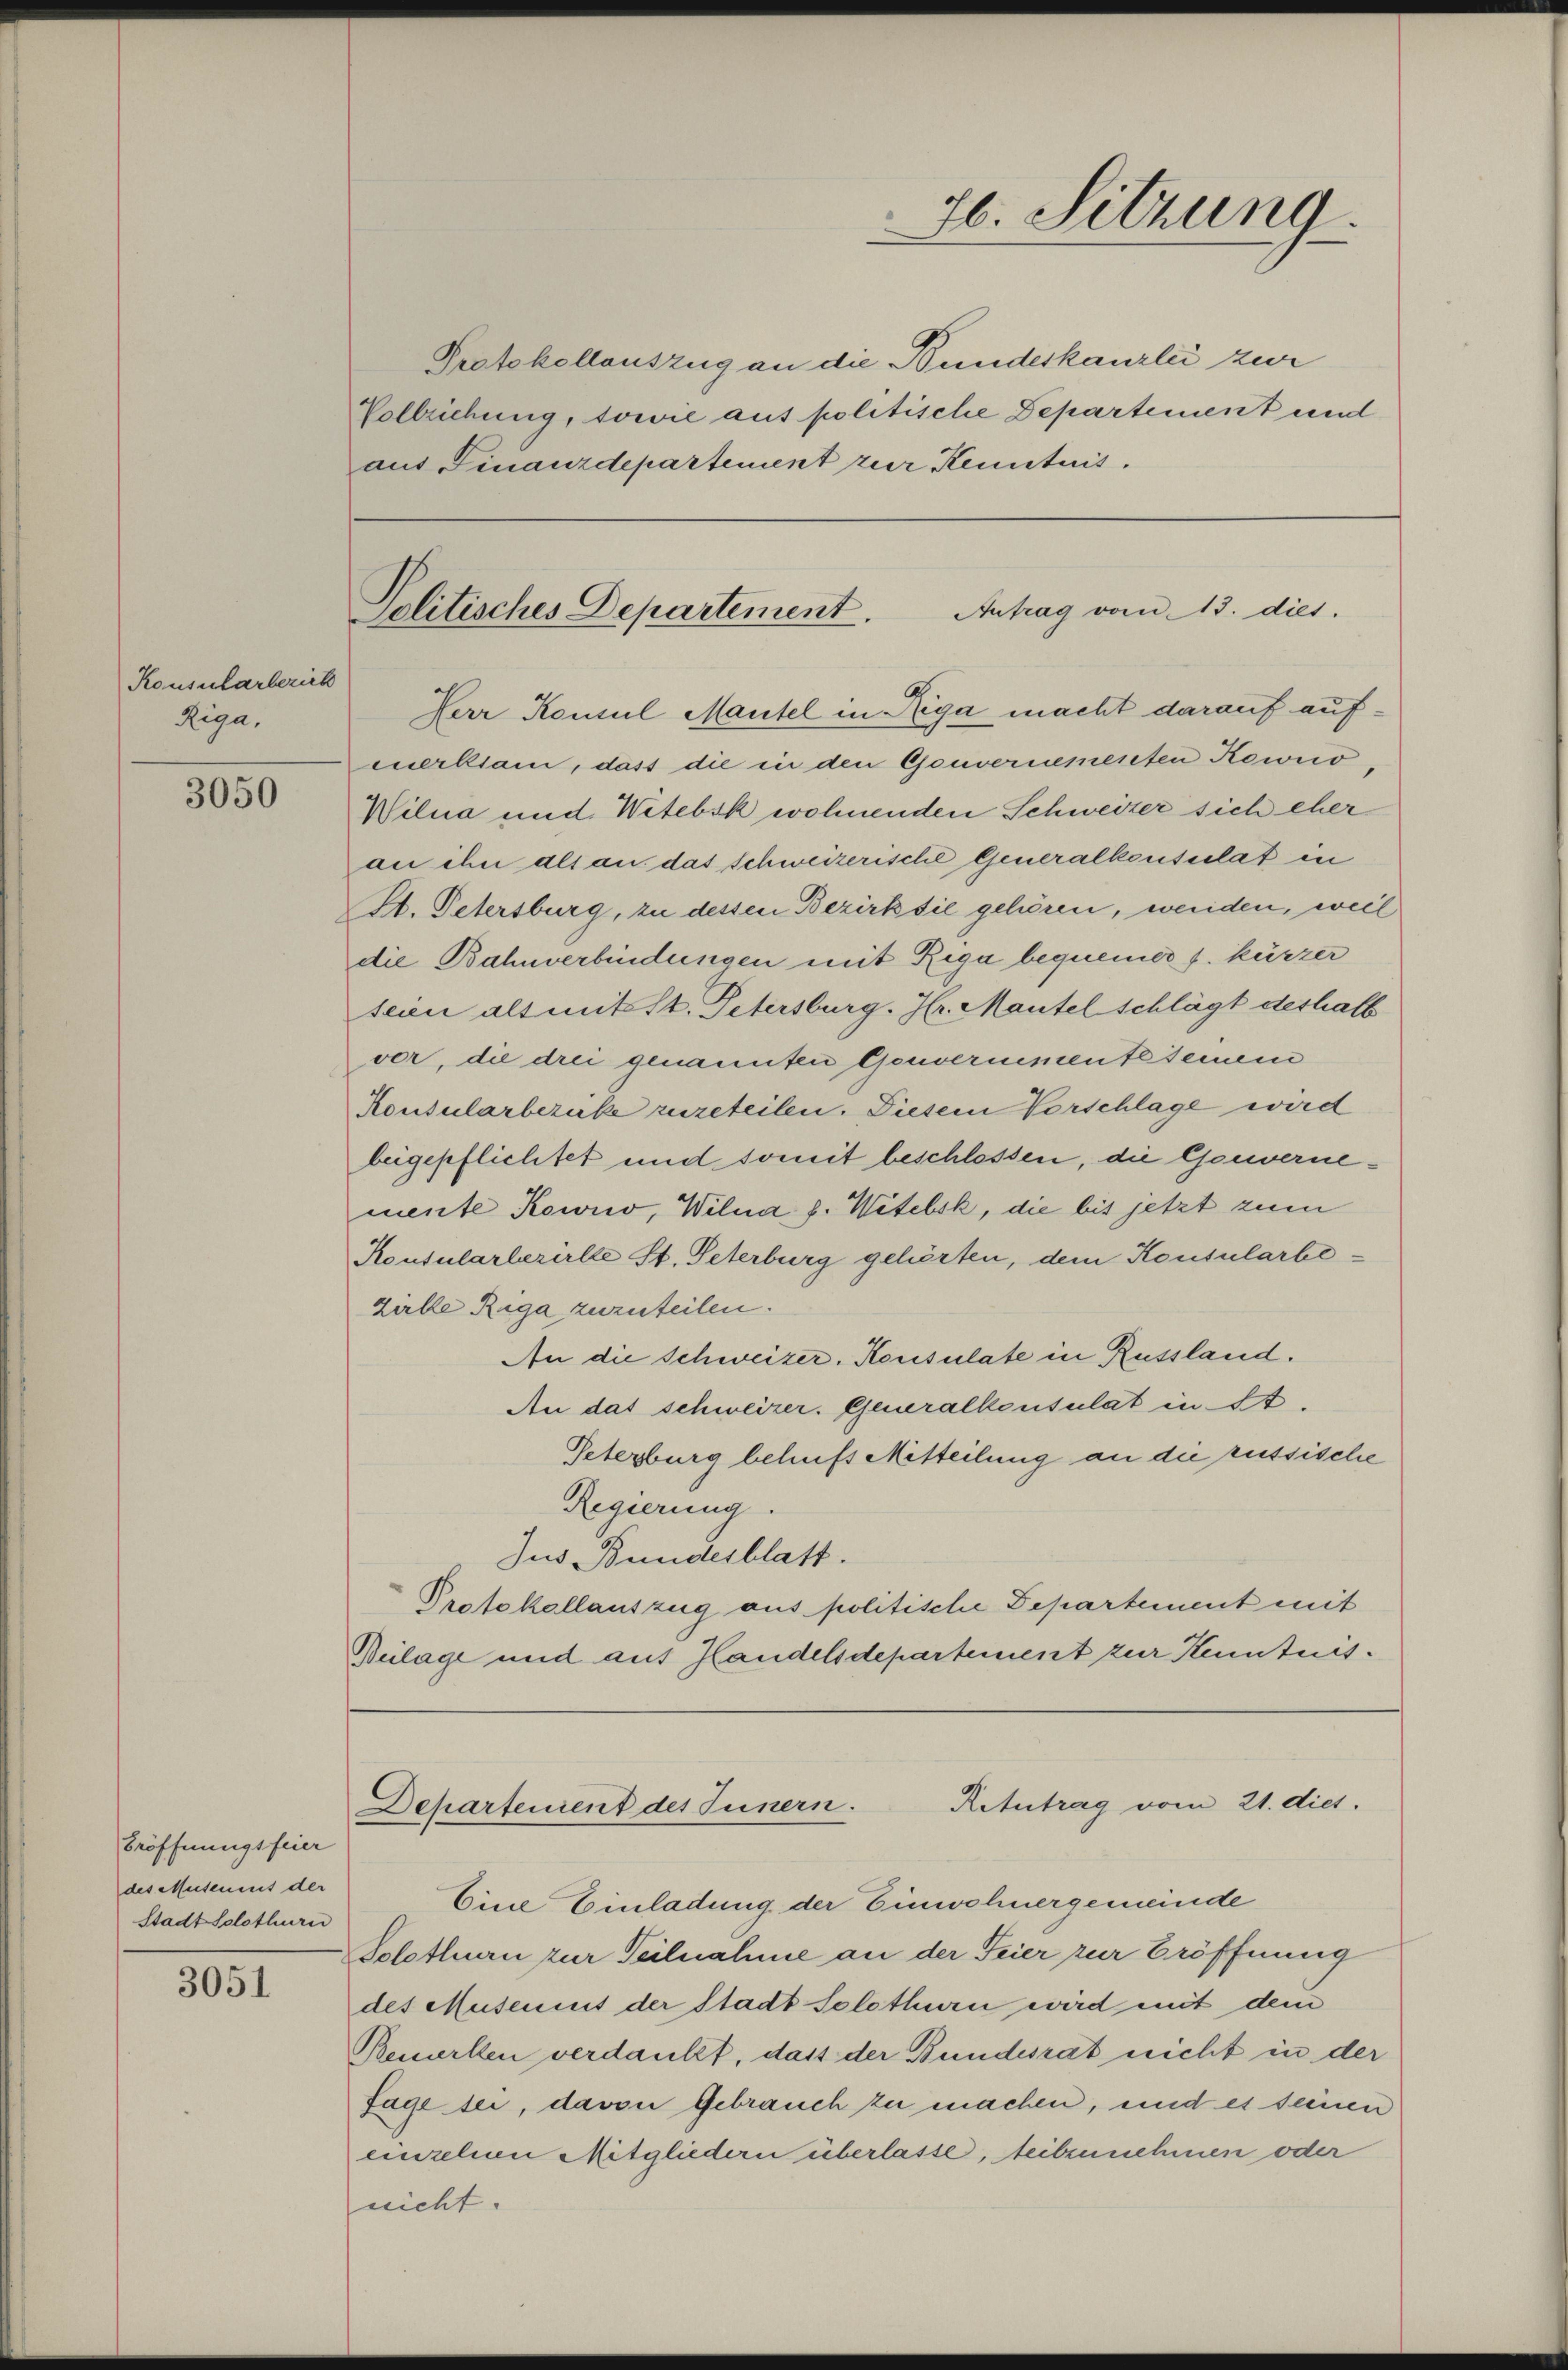
Konsularberich
Riga,

3050

Eröffnungsfeier
des Museums der
Stadt Solothurn

3051

Antrag vom 13. dies.
Politisches Departement.

f

Vollziehung, sowie aus politische Departement und
aus Finanzdepartement zur Kenntnis.

Hl. Sitzung.
Protokollauszug an die Bundeskanzlei zur

Aetutrag vom 21. dies.
Departement des Innern.

.
Herr Konsul Mantel in Riga macht darauf aufmerkiam, dass die in den Gouvernementen Kowio¬
Wilna und Wetebsk wohnenden Schweizer sich eher
an ihn als an das schweizerische Generalkonsulat in
S. Petersburg, zu dessen Bezirk sie gehören, wenden, weil
die Bahnverbindungen mit Rega bequemer s. kürzer
sein als mit St. Petersburg. Hr. Mantel schlägt deshalb
vor, die drei genannten Genvernemente seinem
Konsularbezucke zugeteilen. Diesem Vorschlage wird
beigepflichtet und somit beschlossen, die Gouvernemente Kowrio, Wilna z. Witelsk, die bis jetzt zum
Konsularlerirte St. Peterburg gehörten, dem Konsularbezielle Riga zuzuteilen.
An die Schweizer. Konsulate in Russland.
An das schweizer. Generalkonsulat in St.
Peterburg behufs Mitteilung an die russische
Regierung.
Jus Bundesblatt.
Protokollauszug aus politische Departement mit
Beilage und auf Handelsdepartement zur Kenntnis¬

Eine Einladung der Einwohnergemeinde
Solothurn zur Teilnahme an der Feier zur Eröffnung
des Museuit der Stadt Solothurn wird mit dem
Bemerken verdankt, daß der Bundesrat nicht in der
Sage sei, davon Gebrauch zu machen, und es seinen
einzelnen Mitgliedern überlasse, teilzunehmen oder
nicht.